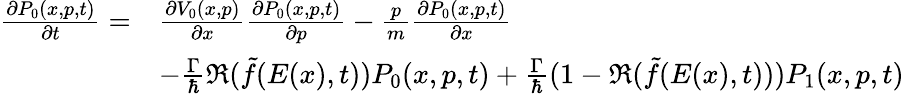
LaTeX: \begin{array}{rl}{\frac{\partial P_{0}(x,p,t)}{\partial t}=}&{\frac{\partial V_{0}(x,p)}{\partial x}\frac{\partial P_{0}(x,p,t)}{\partial p}-\frac{p}{m}\frac{\partial P_{0}(x,p,t)}{\partial x}}\\ &{-\frac{\Gamma}{\hbar}\Re(\tilde{f}(E(x),t))P_{0}(x,p,t)+\frac{\Gamma}{\hbar}(1-\Re(\tilde{f}(E(x),t)))P_{1}(x,p,t)}\end{array}